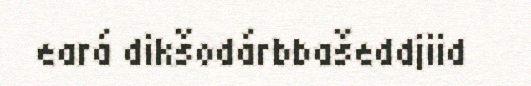
eará dikšodárbbašeddjiid